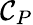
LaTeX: \mathcal{C}_{P}